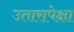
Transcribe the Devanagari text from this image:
उतारापेक्षा